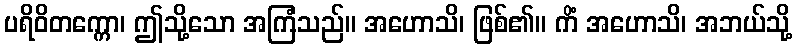
ပရိဝိတက္ကော၊ ဤသို့သော အကြံသည်။ အဟောသိ၊ ဖြစ်၏။ ကိံ အဟောသိ၊ အဘယ်သို့